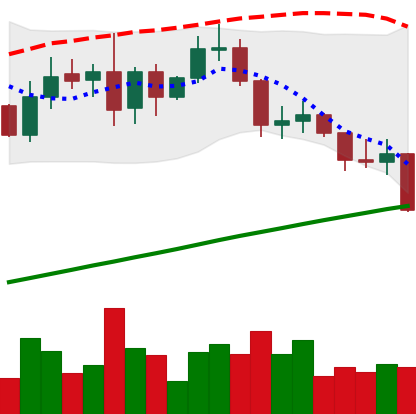
Ticker: LINK-USD
Chart end date: 2019-08-28
Forward return: -3.52%
Label: down_3_5